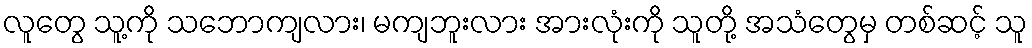
လူတွေ သူ့ကို သဘောကျလား၊ မကျဘူးလား အားလုံးကို သူတို့ အသံတွေမှ တစ်ဆင့် သူ